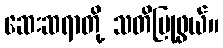
ဆေးဆရာတို့ သတိပြုဖွယ်။